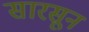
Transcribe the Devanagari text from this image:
सारसून